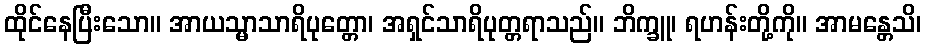
ထိုင်နေပြီးသော။ အာယသ္မာသာရိပုတ္တော၊ အရှင်သာရိပုတ္တရာသည်။ ဘိက္ခူ၊ ရဟန်းတို့ကို။ အာမန္တေသိ၊